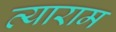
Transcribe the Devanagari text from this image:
त्याराम